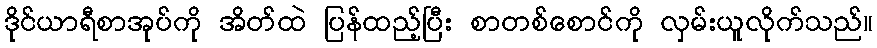
ဒိုင်ယာရီစာအုပ်ကို အိတ်ထဲ ပြန်ထည့်ပြီး စာတစ်စောင်ကို လှမ်းယူလိုက်သည်။